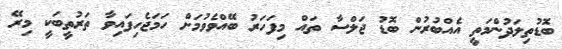
ބޮޑުތިލަދުންމަތީ އެއްބުރުން ބޮޑު ޖަލްސާ ތައް މިފަހަރު ބޭއްވެވުމަށް ހަމަޖެހިފައިވާ ތަރުތީބަކީ މިރޭ